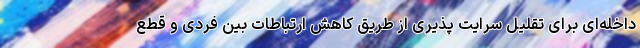
داخله‌ای برای تقلیل سرایت پذیری از طریق کاهش ارتباطات بین فردی و قطع